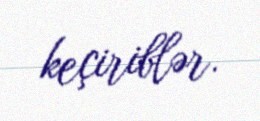
keçiriblər.